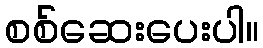
စစ်ဆေးပေးပါ။